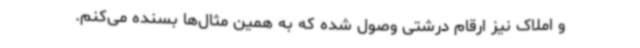
و املاک نیز ارقام درشتی وصول شده که به همین مثال‌ها بسنده می‌کنم.